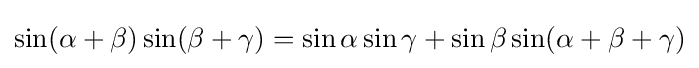
\sin(\alpha +\beta )\sin(\beta +\gamma )=\sin \alpha \sin \gamma +\sin \beta \sin(\alpha +\beta +\gamma )